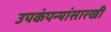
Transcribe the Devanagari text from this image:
उपकंपन्यांसारखी